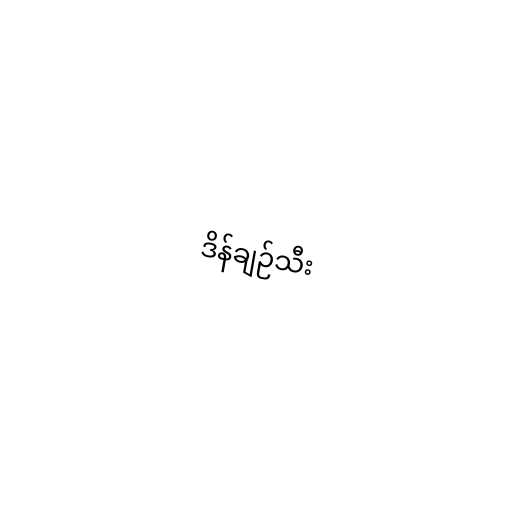
ဒိန်ချဉ်သီး